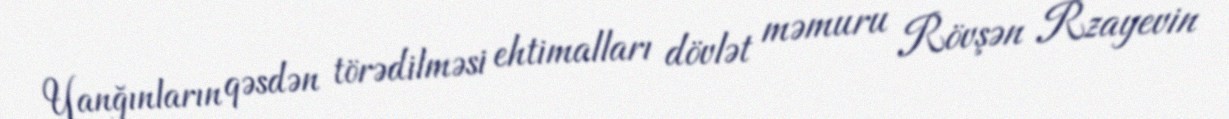
Yanğınların qəsdən törədilməsi ehtimalları dövlət məmuru Rövşən Rzayevin